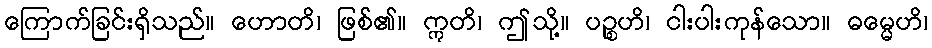
ကြောက်ခြင်းရှိသည်။ ဟောတိ၊ ဖြစ်၏။ ဣတိ၊ ဤသို့။ ပဉ္စဟိ၊ ငါးပါးကုန်သော။ ဓမ္မေဟိ၊